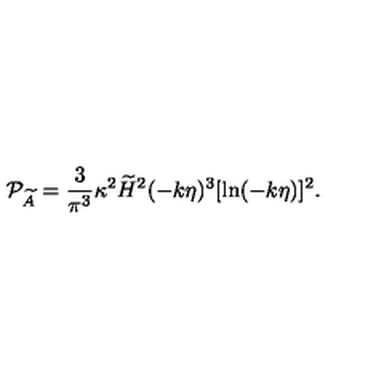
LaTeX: { \cal P } _ { \widetilde { A } } = { \frac { 3 } { \pi ^ { 3 } } } \kappa ^ { 2 } \widetilde { H } ^ { 2 } ( - k \eta ) ^ { 3 } [ \ln ( - k \eta ) ] ^ { 2 } .